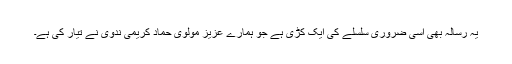
یہ رسالہ بھی اسی ضروری سلسلے کی ایک کڑی ہے جو ہمارے عزیز مولوی حماد کریمی ندوی نے تیار کی ہے۔